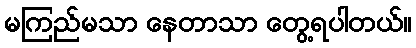
မကြည်မသာ နေတာသာ တွေ့ရပါတယ်။